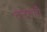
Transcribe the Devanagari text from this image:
तलसारी